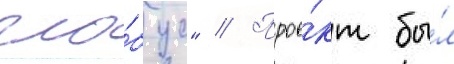
гло́бус" // Прое́кт бы́л